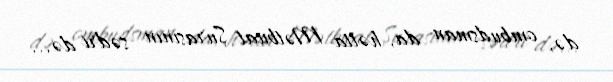
də, ombudsman da, hətta Mətbuat Şurasının sədri də...